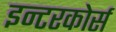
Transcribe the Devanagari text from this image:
इन्टरकोर्स